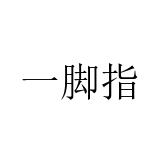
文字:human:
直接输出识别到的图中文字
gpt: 一脚指